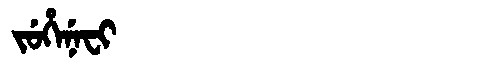
Manchu: ᠵᡠᡥᡝᠨᡝᠸᡳ
Romanization: JUHENEFI